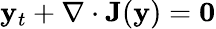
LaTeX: \mathbf{y}_{t}+\nabla\cdot\mathbf{J}(\mathbf{y})=\mathbf{0}